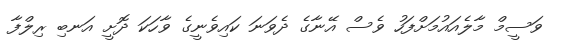
ވަސީމް މާލެއައުމަށްފަހު ވެސް އޭނާގެ ދެވަނަ ކައިވެނީގެ ވާހަކަ ދޮށީ އަނބި ރިލްފާ